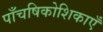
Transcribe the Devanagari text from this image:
पाँचषिकोशिकाएँ